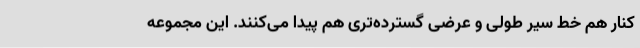
کنار هم خط سیر طولی و عرضی گسترده‌تری هم پیدا می‌کنند. این مجموعه